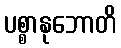
ပစ္စာနုဘောတိ